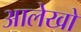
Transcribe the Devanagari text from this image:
आलेखो